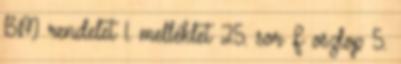
BM rendelet 1. melléklet 25. sor F oszlop 5.